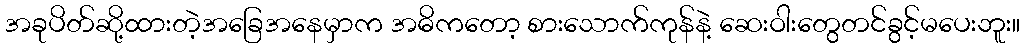
အခုပိတ်ဆို့ထားတဲ့အခြေအနေမှာက အဓိကတော့ စားသောက်ကုန်နဲ့ ဆေးဝါးတွေတင်ခွင့်မပေးဘူး။